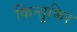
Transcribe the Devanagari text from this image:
किन्तुफिर